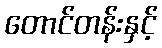
တောင်တန်းနှင့်